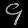
Digit: ၄